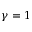
\gamma = 1